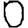
Digit: 0